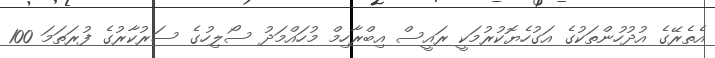
އެތެރޭގެ އުދުހުންތަކުގެ އަގުހެޔޮކުރުމަކީ ރައީސް އިބްރާހިމް މުހައްމަދު ސޯލިހުގެ ސަރުކާރުގެ ފުރަތަމަ 100